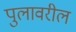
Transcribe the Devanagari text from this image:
पुलावरील